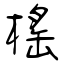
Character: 榣